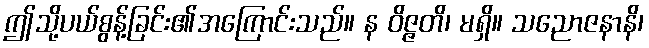
ဤသို့ပယ်စွန့်ခြင်း၏အကြောင်းသည်။ န ဝိဇ္ဇတိ၊ မရှိ။ သညောဇနာနိ၊